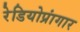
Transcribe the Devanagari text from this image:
रेडियोप्रांगार